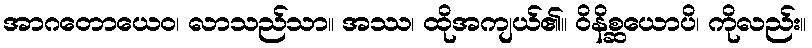
အာဂတောယေဝ၊ လာသည်သာ။ အဿ၊ ထိုအကျယ်၏။ ဝိနိစ္ဆယောပိ၊ ကိုလည်း။